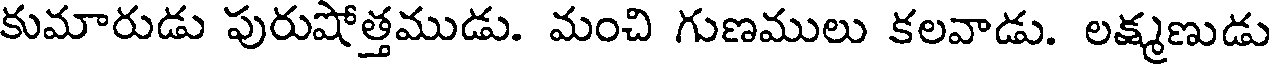
కుమారుడు పురుషోత్తముడు. మంచి గుణములు కలవాడు. లక్ష్మణుడు